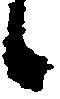
候